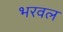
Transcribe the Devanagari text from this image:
भरवल